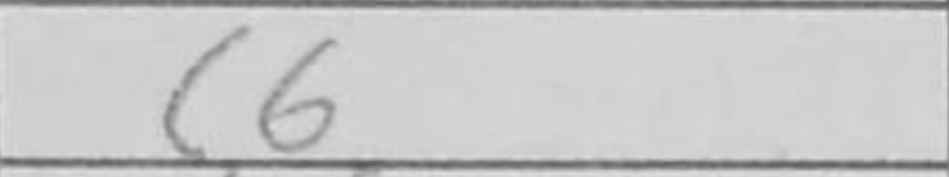
Transcription: c6